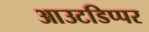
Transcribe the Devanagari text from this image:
आउटडिप्पर